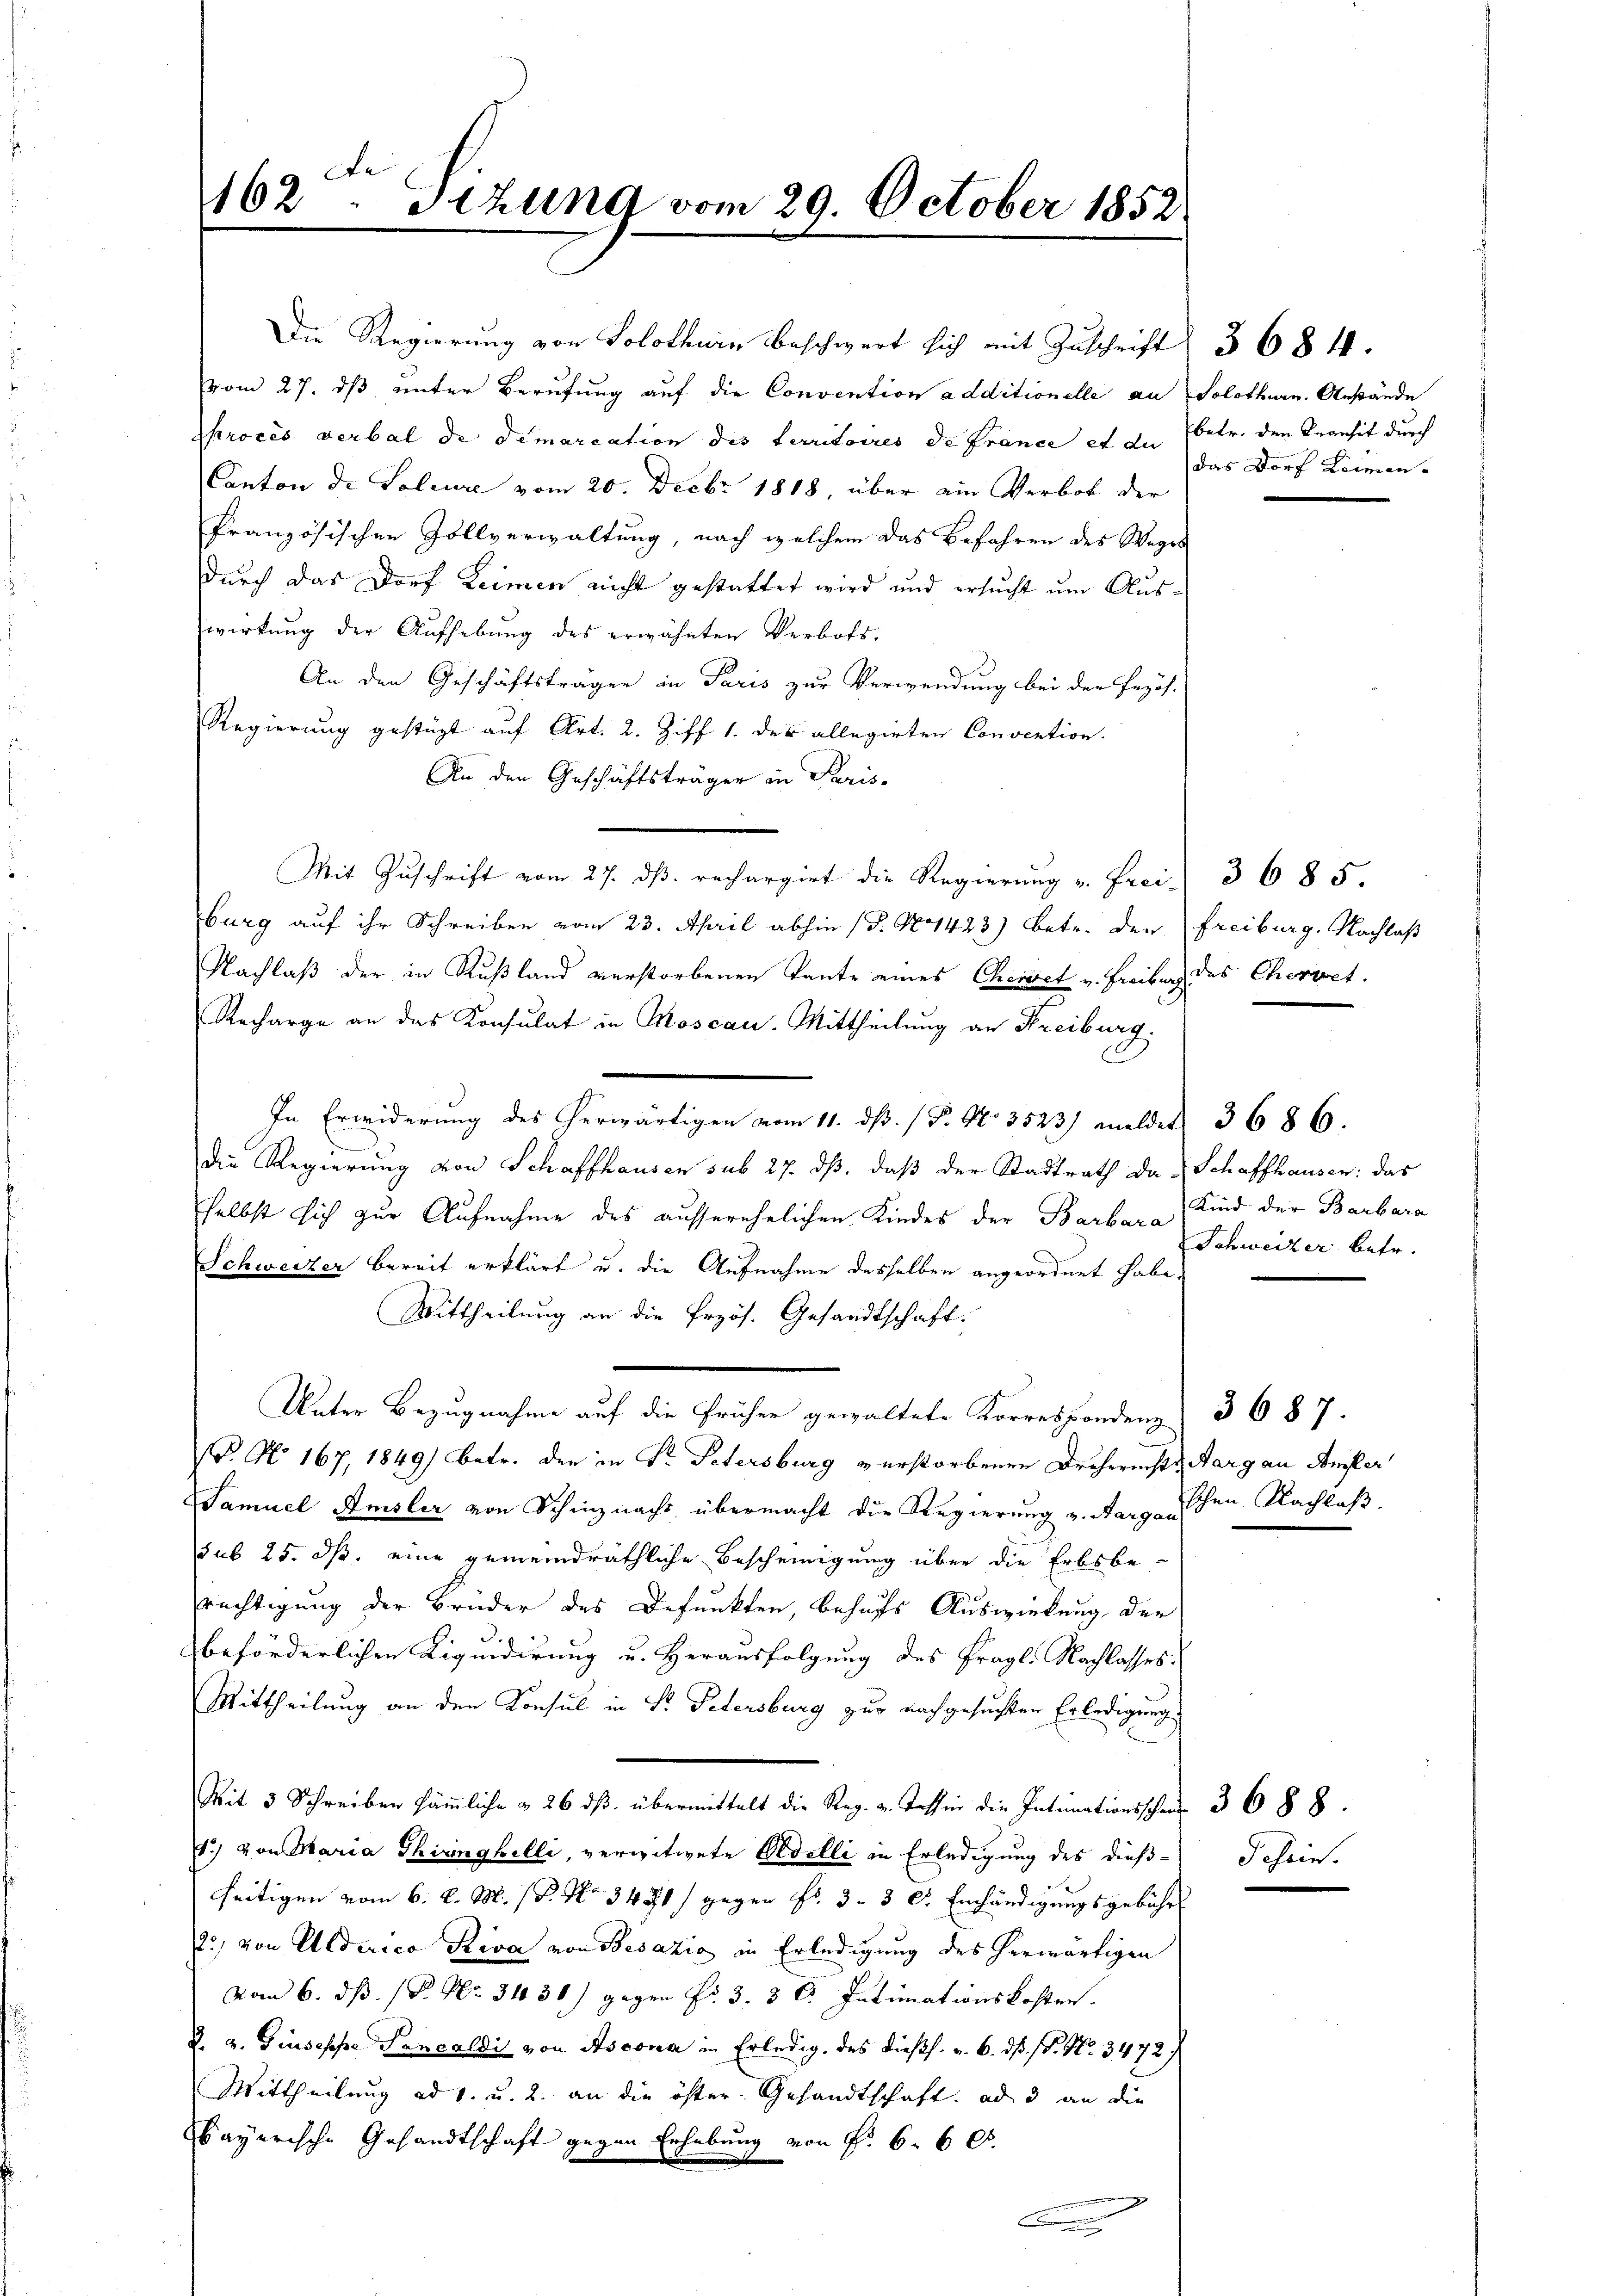
162 - Stzung vom 29. October 1852

vom 27. ds unter Berufung auf die Convention additionelle an Solothurn. Gestände
sproces verbal de demarcation des territoires de France et die betr. den Transit durch
Canton de Voleure vom 20. Decbr 1818, über ein Verbot der
französischen Zollverwaltung, nach welchem das Befahren des Weges
durch das Dorf Keimen nicht gestattet wird und ersucht um Auswirkung der Aufhebung des erwähnten Verbots,
An den Geschäftsträger in Paris zur Verwendung bei der Pezös-
Regierung gestüzt auf Art. 2. Ziff 1. des allegirten Convention.
An den Geschäftsträger in Paris
Mit Zuschrift vom 27. ds. rechargirt die Regierung v. Frei 3 685.
burg auf ihr Schreiben vom 23. April abhin (§. No 1423) betr. den Freiburg, Nachlaß
Nachlaß der in Rußland verstorbenen Tante eines Cheniret u. Freiburg des Cheriret.
Recharge an das Konsulat in Moscau. Mittheilung an Freiburg.
In Erwiderung des herwärtigen vom 11. dß. / P. No 3523) meldet 3686.
e
die Regierung von Schaffhausen sub 27. ds, daß der Stadtrath da Schaffhausen: das
selbst sich zur Aufnahme des ausserehelichen Kindes der Barbara Kind der Barbara
Schweizer bereit erklärt u. die Aufnahme desselben angeordnet habe.
Mittheilung an die Przös. Gesandtschaft.
Unter Bezugnahme auf die früher gewaltete Korrespondenz 3687.
(G. No. 167, 1849) betr. den in Dr. Petersburg verstorbenen Dreherechts Aargau Amsler
Samuel Amsler von Schinznachs übermacht die Regierung v. Aargauischen Nachlaß
sub 25. ds. eine gemeindräthliche Bescheinigung über die Erbsberechtigung der Brüder des Befunkten, behufs Auswirkung der
beförderlichen Liquidirung u. Herausfolgung des fragl. Nachlasses.
Mittheilung an den Konsul in Sr. Petersburg zur nachgesuchten Erledigung
Mit 3 Schreiben sämmliche § 26 dβ übermittelt die Reg. v. Tessin die Intimationsschen 3 688.
.) von Maria Thiringhilli, verwitwete Pedelli in Erledigung des dießseitigen vom 6. d. M. (T. No 3451) gegen Fr. 3. 3 c. Einhändigungsgebühr
2) von Alderico Riva von Besazić in Erledigung des herwärtigen
vom 6. dß. P. Nr. 3438) gegen Fr. 3. 3 c. Intimationskosten.
2. v. Giuseppe Pancaldi von Ascona in Erledig, des dießs. v. 6. ds. f. No. 3472/
Mittheilung ad 1. u. 2. an die öster. Gesandtschaft. ad 3 an die
bayerische Gesandtschaft gegen Erhebung von Fr. 6. 600.
.

Die Regierung von Solothurn beschwert sich mit Zuschrift 368 f.

Das Dorf Leimen-

Schweizer betr.

Schein.